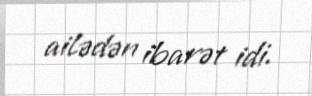
ailədən ibarət idi.